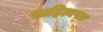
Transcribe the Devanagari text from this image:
साहित्यपत्र